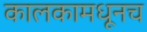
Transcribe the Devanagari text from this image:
कालकामधूनच